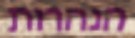
הנהרות